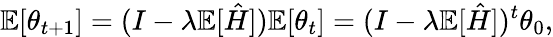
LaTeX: \mathbb{E}[\theta_{t+1}]=(I-\lambda\mathbb{E}[\hat{H}])\mathbb{E}[\theta_{t}]=(I-\lambda\mathbb{E}[\hat{H}])^{t}\theta_{0},